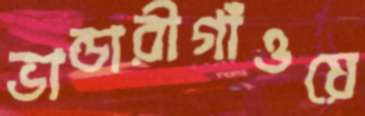
ভান্ডারীগাঁওয়ে